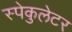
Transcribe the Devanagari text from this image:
स्पेकुलेटर